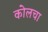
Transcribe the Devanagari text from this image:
कोलचा